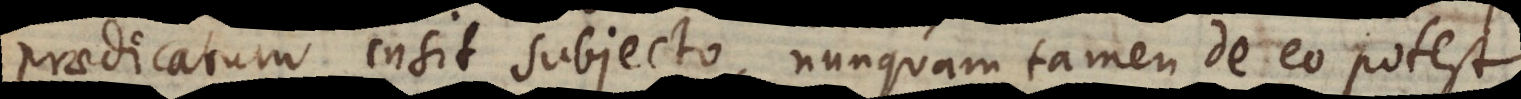
praedicatum insit subjecto, nunquam tamen de eo potest